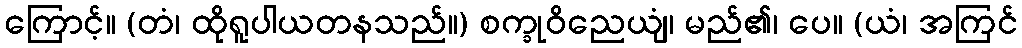
ကြောင့်။ (တံ၊ ထိုရူပါယတနသည်။) စက္ခုဝိညေယျံ၊ မည်၏၊ ပေ။ (ယံ၊ အကြင်